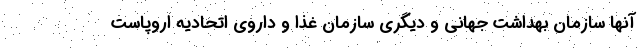
آنها سازمان بهداشت جهانی و دیگری سازمان غذا و داروی اتحادیه اروپاست